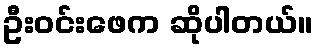
ဦးဝင်းဖေက ဆိုပါတယ်။